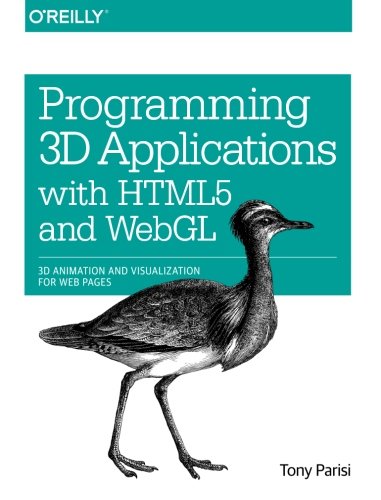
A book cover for Programming 3D Applications with HTML5 and WebGL: 3D Animation and Visualization for Web Pages; Tony Parisi; Computers & Technology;